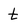
Character: t